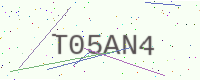
Text: T05AN4